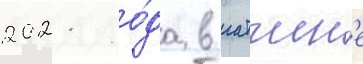
2021 го́да в гатчин'е